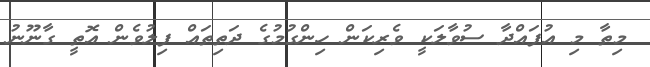
މިތާ މި އުފައްދާ ސުވާލަކީ ވެރިކަން ހިންގުމުގެ ދަތިތައް ފިލުވެން އޮތީ ގާނޫނު